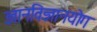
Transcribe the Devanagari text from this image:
ज्ञानविज्ञानयोग